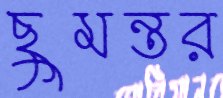
ছুমন্তর